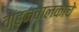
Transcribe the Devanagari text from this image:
वाहनचालकाचे